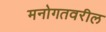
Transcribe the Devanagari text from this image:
मनोगतवरील